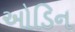
ઓડિન